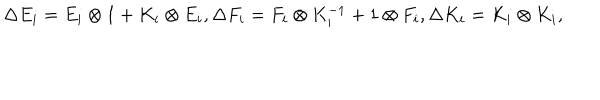
\Delta E _ { i } = E _ { i } \otimes 1 + K _ { i } \otimes E _ { i } , \Delta F _ { i } = F _ { i } \otimes K _ { i } ^ { - 1 } + 1 \otimes F _ { i } , \Delta K _ { i } = K _ { i } \otimes K _ { i } ,